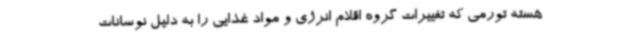
هسته تورمی که تغییرات گروه اقلام انرژی و مواد غذایی را به دلیل نوسانات